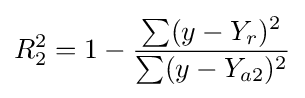
R_{2}^{2}=1-{\frac {\sum (y-Y_{r})^{2}}{\sum (y-Y_{a2})^{2}}}